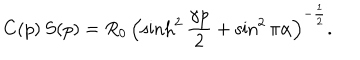
C ( p ) \, S ( p ) = R _ { 0 } \, \left( \sinh ^ { 2 } \frac { \gamma p } { 2 } + \sin ^ { 2 } \pi \alpha \right) ^ { - \frac { 1 } { 2 } } .